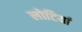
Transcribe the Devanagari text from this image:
लोटियां